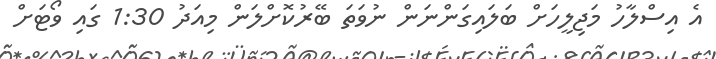
އެ އިސްލާހު މަޖިލީހަށް ބަލައިގަންނަން ނުވަތަ ބޭރުކޮށްލަން މިއަދު 1:30 ގައި ވޯޓަށް